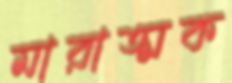
মারাত্মক